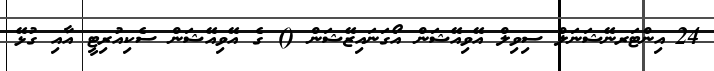
24	އިންޓަރނޭޝަނަލް ސިވިލް އޭވިއޭޝަން އޯގަނައިޒޭޝަން () ގެ އޭވިއޭޝަން ސެކިއުރިޓީ އާއި ގުޅޭ